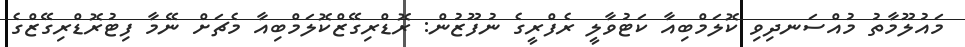
މައުލޫމާތު މުއްސަނދިވި ކޮލަމްބިއާ ކަޓުވާލީ ރެފްރީގެ ނުފޫޒުން: ރޮޑްރިގޭޒްކޮލަމްބިއާ މެޗަށް ނޭމާ ފިޓުރޮޑްރިގޭޒްގެ